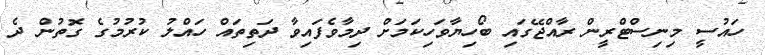
ހައުސީ މިނިސްޓްރީން ރާއްޖޭގައި ބޯހިޔާވަހިކަމަށް ދިމާވެފައިވާ ދަތިތައް ހައްލު ކުރުމުގެ ގޮތުން ދެ